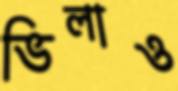
ভিলাও